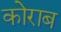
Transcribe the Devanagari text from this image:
कोराब